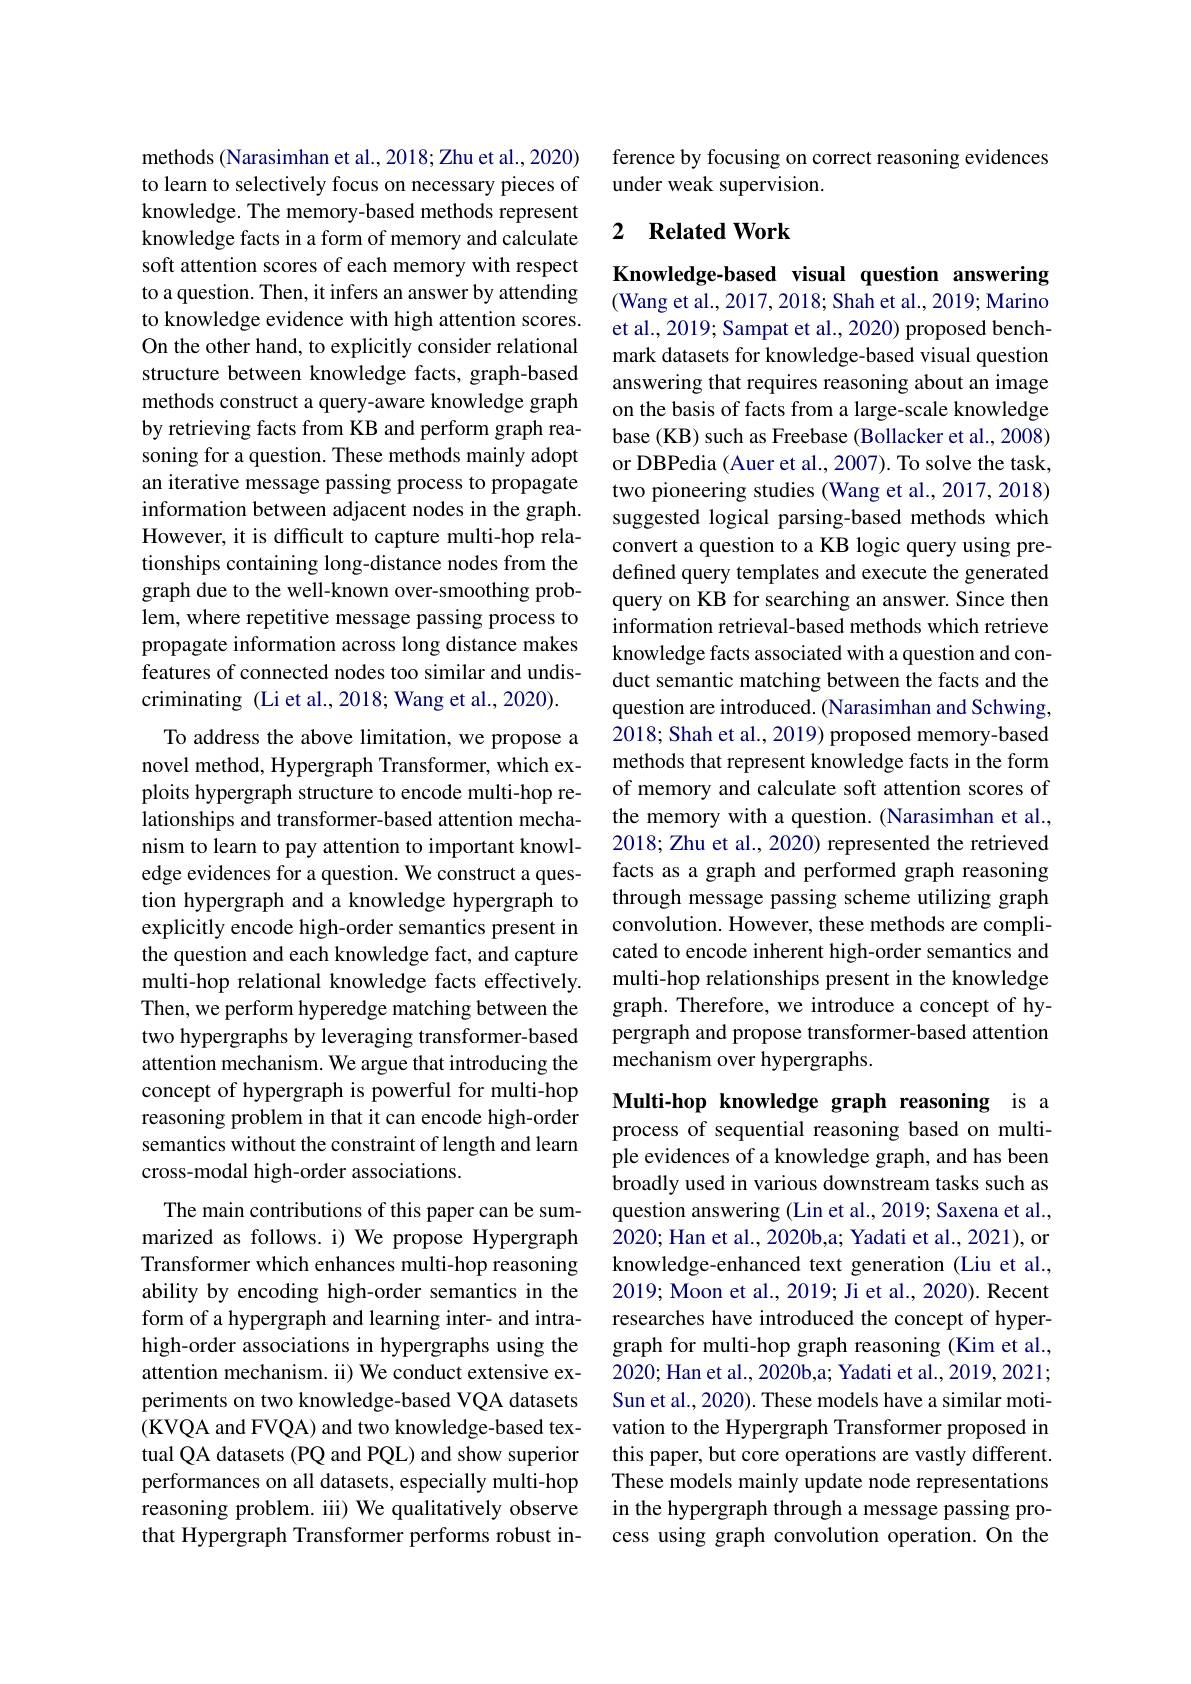
methods (Narasimhan et al., 2018; Zhu et al., 2020) to learn to selectively focus on necessary pieces of knowledge. The memory-based methods represent knowledge facts in a form of memory and calculate soft attention scores of each memory with respect to a question. Then, it infers an answer by attending to knowledge evidence with high attention scores. On the other hand, to explicitly consider relational structure between knowledge facts, graph-based methods construct a query-aware knowledge graph by retrieving facts from KB and perform graph reasoning for a question. These methods mainly adopt an iterative message passing process to propagate information between adjacent nodes in the graph. However, it is difficult to capture multi-hop relationships containing long-distance nodes from the graph due to the well-known over-smoothing problem, where repetitive message passing process to propagate information across long distance makes features of connected nodes too similar and undiscriminating (Li et al., 2018; Wang et al., 2020).

To address the above limitation, we propose a novel method, Hypergraph Transformer, which exploits hypergraph structure to encode multi-hop relationships and transformer-based attention mechanism to learn to pay attention to important knowledge evidences for a question. We construct a question hypergraph and a knowledge hypergraph to explicitly encode high-order semantics present in the question and each knowledge fact, and capture multi-hop relational knowledge facts effectively. Then, we perform hyperedge matching between the two hypergraphs by leveraging transformer-based attention mechanism. We argue that introducing the concept of hypergraph is powerful for multi-hop reasoning problem in that it can encode high-order semantics without the constraint of length and learn cross-modal high-order associations.

The main contributions of this paper can be summarized as follows. i) We propose Hypergraph Transformer which enhances multi-hop reasoning ability by encoding high-order semantics in the form of a hypergraph and learning inter- and intrahigh-order associations in hypergraphs using the attention mechanism. ii) We conduct extensive experiments on two knowledge-based VQA datasets (KVQA and FVQA) and two knowledge-based textual QA datasets (PQ and PQL) and show superior performances on all datasets, especially multi-hop reasoning problem. iii) We qualitatively observe that Hypergraph Transformer performs robust in-

ference by focusing on correct reasoning evidences
under weak supervision.

## 2 $\textbf{Related Work}$

Knowledge-based visual question answering (Wang et al., 2017, 2018; Shah et al., 2019; Marino et al., 2019; Sampat et al., 2020) proposed benchmark datasets for knowledge-based visual question answering that requires reasoning about an image on the basis of facts from a large-scale knowledge base (KB) such as Freebase (Bollacker et al., 2008) or DBPedia (Auer et al., 2007). To solve the task, two pioneering studies (Wang et al., 2017, 2018) suggested logical parsing-based methods which convert a question to a KB logic query using predefined query templates and execute the generated query on KB for searching an answer. Since then information retrieval-based methods which retrieve knowledge facts associated with a question and conduct semantic matching between the facts and the question are introduced. (Narasimhan and Schwing, 2018; Shah et al., 2019) proposed memory-based methods that represent knowledge facts in the form of memory and calculate soft attention scores of the memory with a question. (Narasimhan et al., 2018; Zhu et al., 2020) represented the retrieved facts as a graph and performed graph reasoning through message passing scheme utilizing graph convolution. However, these methods are complicated to encode inherent high-order semantics and multi-hop relationships present in the knowledge graph. Therefore, we introduce a concept of hypergraph and propose transformer-based attention mechanism over hypergraphs.

Multi-hop knowledge graph reasoning is a process of sequential reasoning based on multiple evidences of a knowledge graph, and has been broadly used in various downstream tasks such as question answering (Lin et al., 2019; Saxena et al., 2020; Han et al., 2020b,a; Yadati et al., 2021), or knowledge-enhanced text generation (Liu et al., 2019; Moon et al., 2019; Ji et al., 2020). Recent researches have introduced the concept of hypergraph for multi-hop graph reasoning (Kim et al., 2020; Han et al., 2020b,a; Yadati et al., 2019, 2021; Sun et al., 2020). These models have a similar motivation to the Hypergraph Transformer proposed in this paper, but core operations are vastly different. These models mainly update node representations in the hypergraph through a message passing process using graph convolution operation. On the